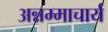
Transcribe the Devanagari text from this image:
अन्नम्माचार्य